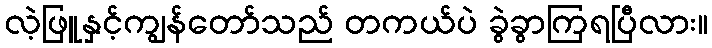
လဲ့ဖြူနှင့်ကျွန်တော်သည် တကယ်ပဲ ခွဲခွာကြရပြီလား။